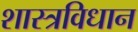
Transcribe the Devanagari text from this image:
शास्त्रविधान